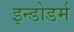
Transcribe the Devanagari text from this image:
इन्डोडर्म